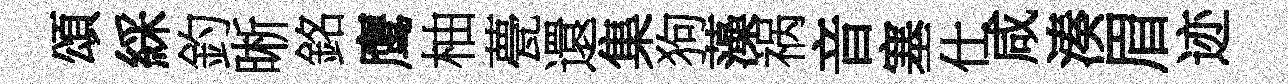
頌綵釣晰銘鹰柚甍還集狗藻祸音塞仕咸湊眉迹